Language: tamil
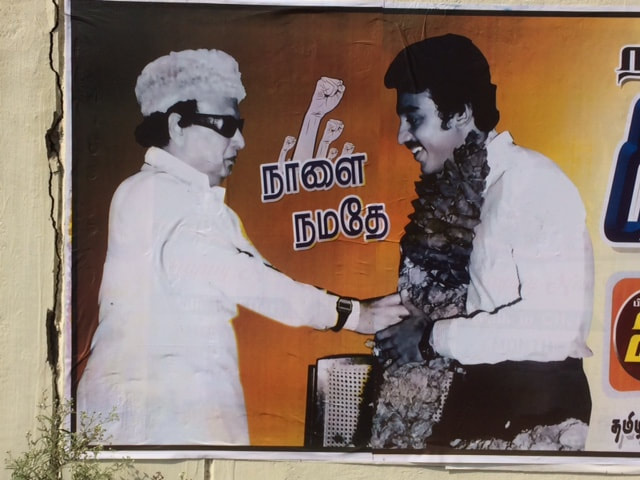
Transcription: நமதே தமீ நாளை